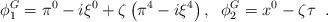
LaTeX: \begin{align*}\phi _{1}^{G}=\pi ^{0}-i\xi ^{0}+\zeta \left( \pi ^{4}-i\xi ^{4}\right),\;\;\phi _{2}^{G}=x^{0}-\zeta \tau \;\;. \end{align*}